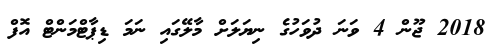
2018 ޖޫން 4 ވަނަ ދުވަހުގެ ނިޔަލަށް މާލޭގައި ނަމަ ޑިޕާޓްމަންޓް އޮފް